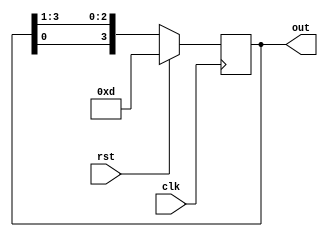
`timescale 1ns / 1ps
module ring_counter #(parameter N=4,width=7)(out,clk,rst);
output reg [N-1:0]out;
input clk,rst;
always @(posedge clk)
begin
if(rst)
out<='b1101;
else
out<={out[0],out[N-1:1]};
end
endmodule